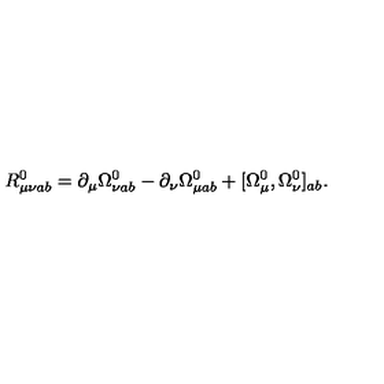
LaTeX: R _ { \mu \nu a b } ^ { 0 } = \partial _ { \mu } \Omega _ { \nu a b } ^ { 0 } - \partial _ { \nu } \Omega _ { \mu a b } ^ { 0 } + [ \Omega _ { \mu } ^ { 0 } , \Omega _ { \nu } ^ { 0 } ] _ { a b } .